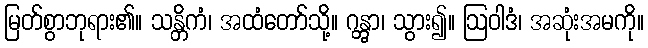
မြတ်စွာဘုရား၏။ သန္တိကံ၊ အထံတော်သို့။ ဂန္တွာ၊ သွား၍။ ဩဝါဒံ၊ အဆုံးအမကို။